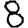
Digit: 8